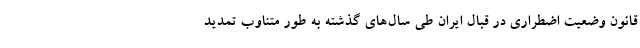
قانون وضعیت اضطراری در قبال ایران طی سال‌های گذشته به طور متناوب تمدید